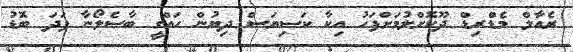
ރެއާލް މެޑްރިޑް ދޫކޮށްލުމަށްފަހު އިކާ ކަސިޔަސް ދިޔުން ހައްގީ ބާސެލޯނާ ފަދަ ބޮޑު